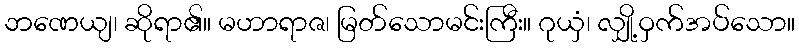
ဘဏေယျ၊ ဆိုရာ၏။ မဟာရာဇ၊ မြတ်သောမင်းကြီး။ ဂုယှံ၊ လျှို့ဝှက်အပ်သော။